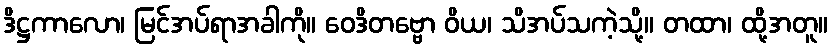
ဒိဋ္ဌကာလော၊ မြင်အပ်ရာအခါကို။ ဝေဒိတဗ္ဗော ဝိယ၊ သိအပ်သကဲ့သို့။ တထာ၊ ထို့အတူ။